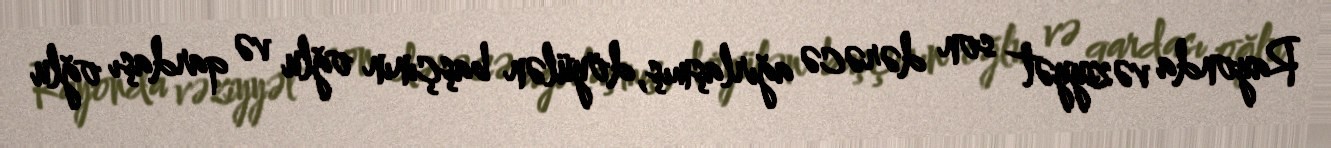
Rayonda vəziyyət son dərəcə ağırlaşmış, döyülən başçının oğlu və qardaşı oğlu